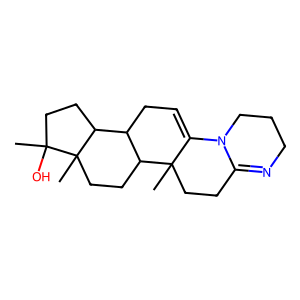
SMILES: CC12CCC3=NCCCN3C1=CCC1C2CCC2(C)C1CCC2(C)O
Inhibits HIV replication: No